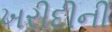
ખરીદીની